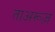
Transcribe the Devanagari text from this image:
ताअरूज़